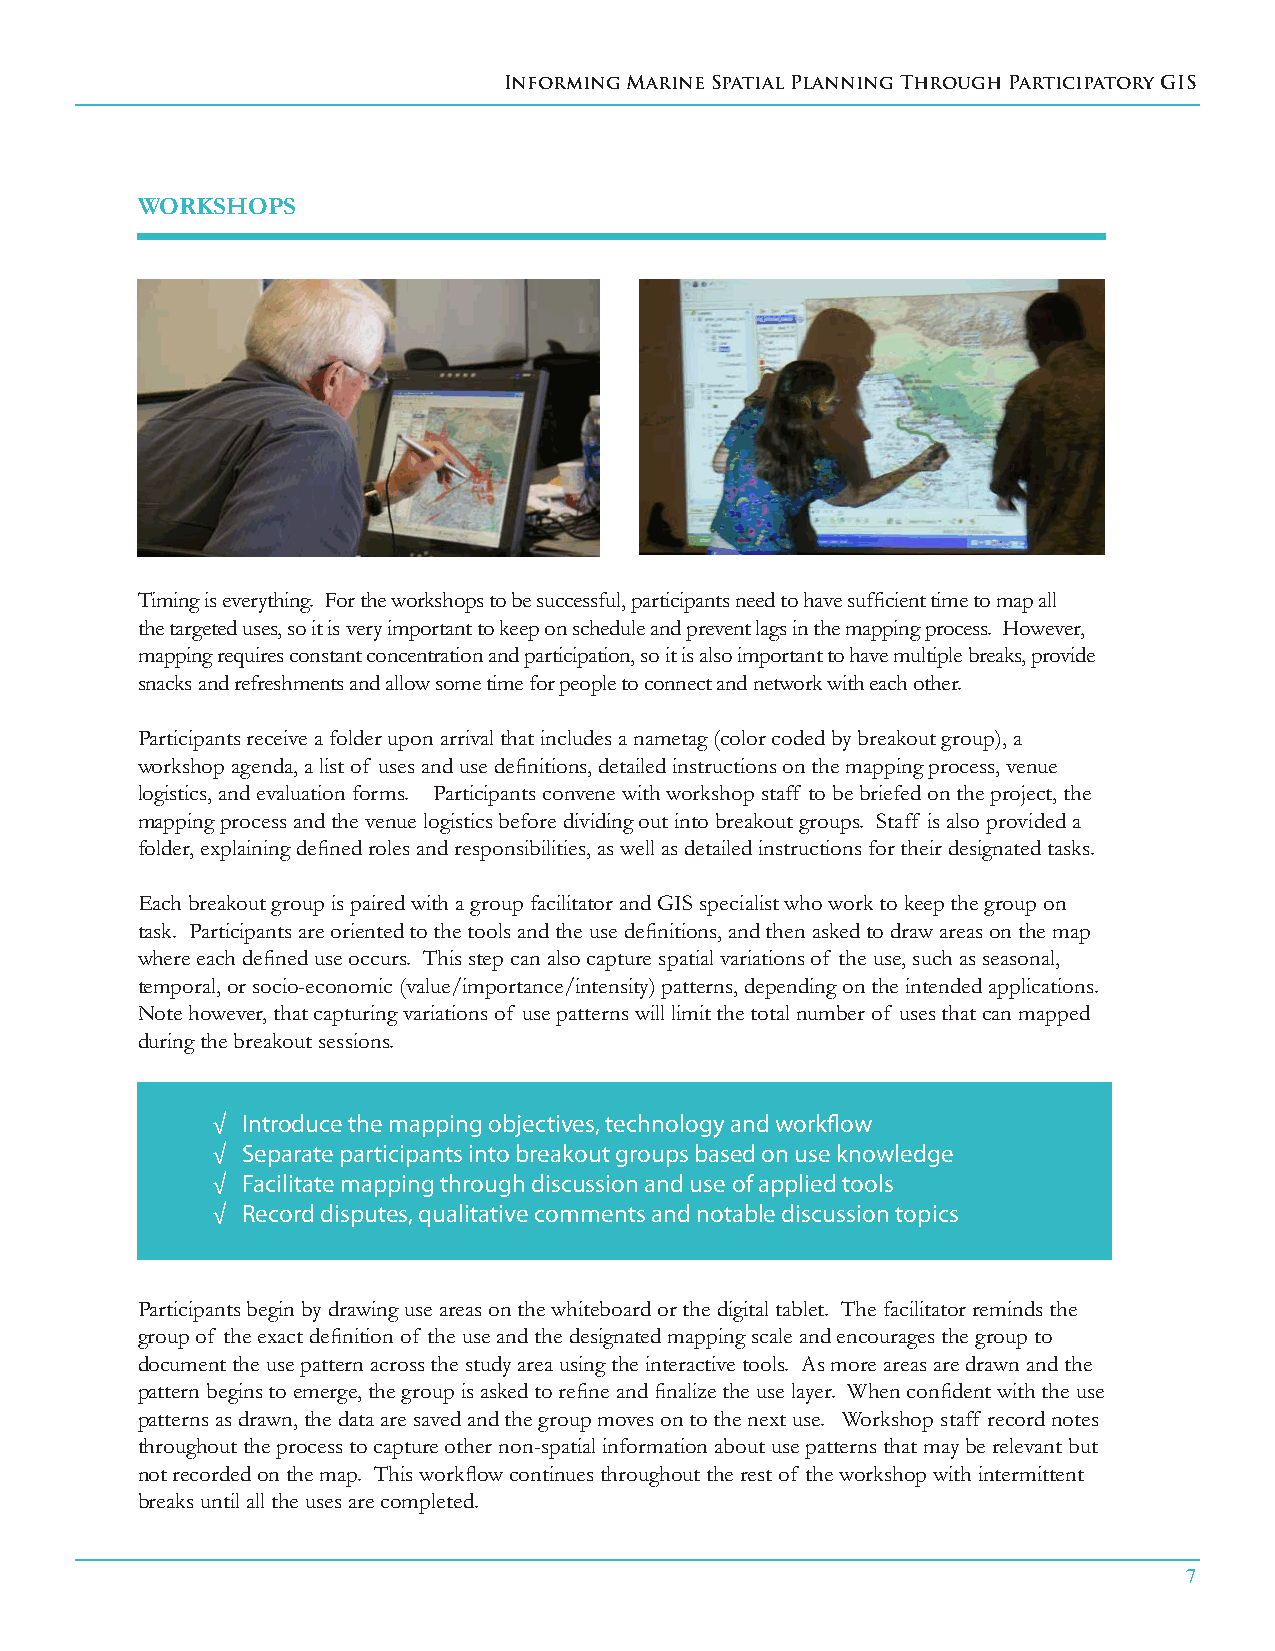
Informing Marine Spatial Planning Through Participatory GIS
 WORkShOPS
 Timing is everything. For the workshops to be successful, participants need to have sufficient time to map all
 the targeted uses, so it is very important to keep on schedule and prevent lags in the mapping process. However,
 mapping requires constant concentration and participation, so it is also important to have multiple breaks, provide
 snacks and refreshments and allow some time for people to connect and network with each other.
 Participants receive a folder upon arrival that includes a nametag (color coded by breakout group), a
 workshop agenda, a list of uses and use definitions, detailed instructions on the mapping process, venue
 logistics, and evaluation forms. Participants convene with workshop staff to be briefed on the project, the
 mapping process and the venue logistics before dividing out into breakout groups. Staff is also provided a
 folder, explaining defined roles and responsibilities, as well as detailed instructions for their designated tasks.
 Each breakout group is paired with a group facilitator and GIS specialist who work to keep the group on
 task. Participants are oriented to the tools and the use definitions, and then asked to draw areas on the map
 where each defined use occurs. This step can also capture spatial variations of the use, such as seasonal,
 temporal, or socio-economic (value/importance/intensity) patterns, depending on the intended applications.
 Note however, that capturing variations of use patterns will limit the total number of uses that can mapped
 during the breakout sessions.
 √ Introduce the mapping objectives, technology and workflow
 √ Separate participants into breakout groups based on use knowledge
 √ Facilitate mapping through discussion and use of applied tools
 √ Record disputes, qualitative comments and notable discussion topics
 Participants begin by drawing use areas on the whiteboard or the digital tablet. The facilitator reminds the
 group of the exact definition of the use and the designated mapping scale and encourages the group to
 document the use pattern across the study area using the interactive tools. As more areas are drawn and the
 pattern begins to emerge, the group is asked to refine and finalize the use layer. When confident with the use
 patterns as drawn, the data are saved and the group moves on to the next use. Workshop staff record notes
 throughout the process to capture other non-spatial information about use patterns that may be relevant but
 not recorded on the map. This workflow continues throughout the rest of the workshop with intermittent
 breaks until all the uses are completed.
 7